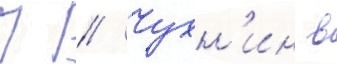
П // Чухн'ин в